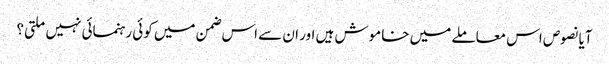
آیا نصوص اس معاملے میں خاموش ہیں اور ان سے اس ضمن میں کوئی رہنمائی نہیں ملتی؟